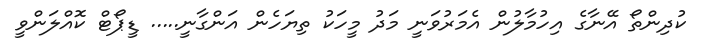
ކުދިންތޯ އޭނާގެ އިހުމާލުން އެމަރުވަނީ މަދު މީހަކު ތިޔަހެން އަންގާނީ..... ޑީޕޯޓް ކޮއްލަންވީ